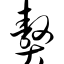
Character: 赘